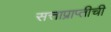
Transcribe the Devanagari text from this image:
सत्ताप्राप्तीची